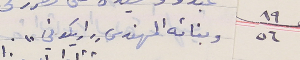
١٩/٥٦  وبنائه المهندس "اريكوني".